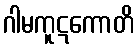
ဂါမကူဋကောတိ